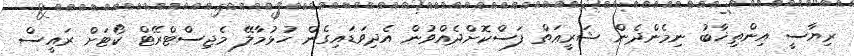
ރިޔާސީ އިންތިޚާބު ނިމެންދެން ޝަރީޢަތް ފަސްކޮށްދެއްވުން އެދިވަޑައިގެން ހުޅުމާލޭ މެޖިސްޓްރޭޓް ކޯޓަށް ރައީސް